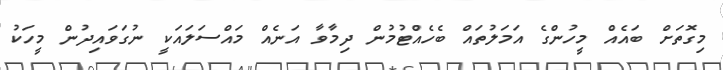
މިގޮތަށް ބައެއް މީހުންގެ އަމަލުތައް ބެހެއްޓުމުން ދިމާވާ އަނެއް މައްސަލައަކީ ނުގަވައިދުން މީހަކު